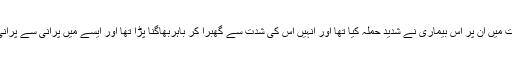
وہ کئی مرتبہ اس کی اذیت کو برداشت کر چکے ہیں انہیں اچھی طرح یاد ہے جب پچھلے دور شرافت میں ان پر اس بیماری نے شدید حملہ کیا تھا اور انہیں اس کی شدت سے گھبرا کر باہربھاگنا پڑا تھا اور ایسے میں پرانی سے پرانی خارش کے خاتمے کا بورڈ لگائے ہوئے انکے احباب اپنی گجراتی سائیکل کا رخ موڑ چکے تھے۔